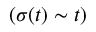
( \sigma ( t ) \sim t )